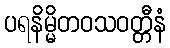
ပရနိမ္မိတဝသဝတ္တီနံ